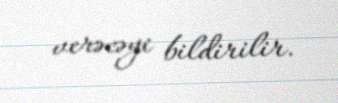
verəcəyi bildirilir.